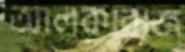
আলকারাজ